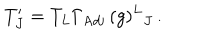
LaTeX: T _ { J } ^ { \prime } = T _ { L } \Gamma _ { \mathrm { A d j } } \, ( g ) ^ { L } { } _ { J } \, .